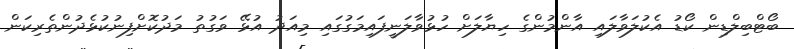
ބޯޓްބިލްޑިން ކޯޑު އެކުލަވާލައި އާންމުންގެ ހިޔާލަށް ހުޅުވާލަނީފައިމަގުގައި މިއަދު އުޅޭ ވަގުތު މަދުކޮށްފިނުކުޅެދުންތެރިކަން